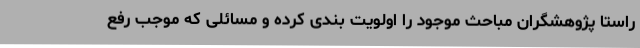
راستا پژوهشگران مباحث موجود را اولویت بندی کرده و مسائلی که موجب رفع